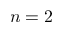
n = 2